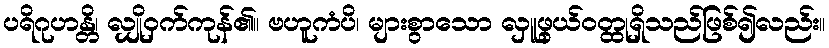
ပရိဂုဟန္တိ၊ လျှိုဝှက်ကုန်၏။ ဗဟူကံပိ၊ များစွာသော လှူဖွယ်ဝတ္ထုရှိသည်ဖြစ်၍လည်း။